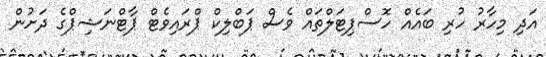
އަދި މިހާރު ހުރި ބައެއް ހޮސްޕިޓަލްތައް ވެސް ޕަބްލިކް ޕްރައިވެޓް ޕާޓްނަޝިޕްގެ ދަށުން